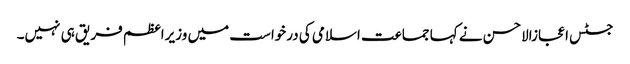
جسٹس اعجازالاحسن نے کہا جماعت اسلامی کی درخواست میں وزیراعظم فریق ہی نہیں۔